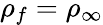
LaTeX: \rho_{f}=\rho_{\infty}